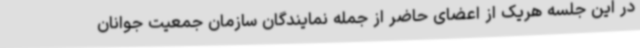
در این جلسه هریک از اعضای حاضر از جمله نمایندگان سازمان جمعیت جوانان